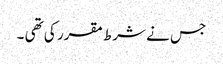
جس نے شرط مقرر کی تھی ۔